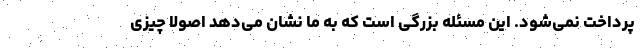
پرداخت نمی‌شود. این مسئله بزرگی است که به ما نشان می‌دهد اصولاً چیزی